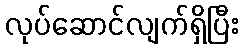
လုပ်ဆောင်လျက်ရှိပြီး